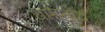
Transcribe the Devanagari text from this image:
धामनोद